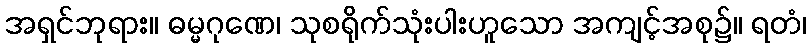
အရှင်ဘုရား။ ဓမ္မဂုဏေ၊ သုစရိုက်သုံးပါးဟူသော အကျင့်အစု၌။ ရတံ၊